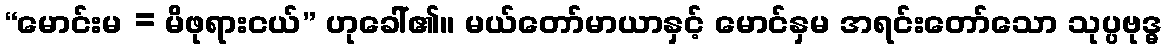
“မောင်းမ = မိဖုရားငယ်” ဟုခေါ်၏။ မယ်တော်မာယာနှင့် မောင်နှမ အရင်းတော်သော သုပ္ပဗုဒ္ဓ